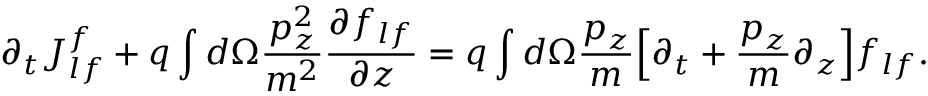
\partial _ { t } J _ { l f } ^ { f } + q \int d \Omega \frac { p _ { z } ^ { 2 } } { m ^ { 2 } } \frac { \partial f _ { l f } } { \partial z } = q \int d \Omega \frac { p _ { z } } { m } \Big [ \partial _ { t } + \frac { p _ { z } } { m } \partial _ { z } \Big ] f _ { l f } .